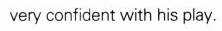
very confident with his play.